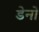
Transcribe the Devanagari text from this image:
डेनो